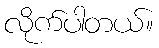
လိုက်ပါတယ်။